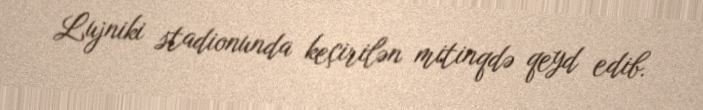
Lujniki stadionunda keçirilən mitinqdə qeyd edib.